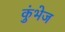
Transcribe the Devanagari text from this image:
कुंभेज